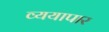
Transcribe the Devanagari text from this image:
व्ययापार